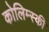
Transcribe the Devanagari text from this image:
कोलिम्स्की